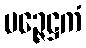
မဉ္ဇေဋ္ဌကံ